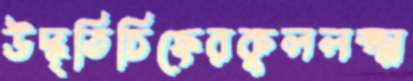
উদ্ধৃতিচিহ্নেরকুললক্ষ্ম